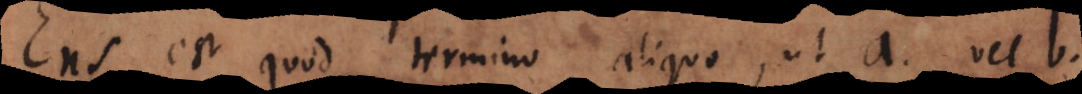
s est quod termino aliquo, ut a vel